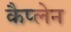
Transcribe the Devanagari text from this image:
कैप्लेन